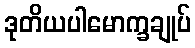
ဒုတိယပါမောက္ခချုပ်